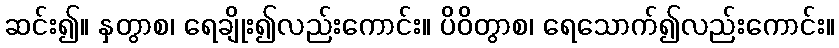
ဆင်း၍။ နှတွာစ၊ ရေချိုး၍လည်းကောင်း။ ပိဝိတွာစ၊ ရေသောက်၍လည်းကောင်း။